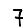
Digit: 7